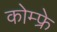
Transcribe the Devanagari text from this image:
कोम्फ्रे